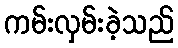
ကမ်းလှမ်းခဲ့သည်